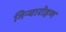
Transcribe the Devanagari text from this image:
गिऱ्यारोहण